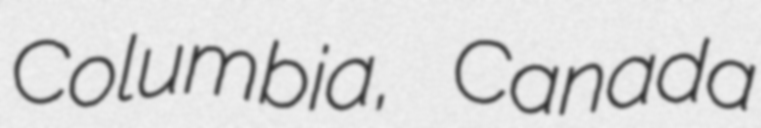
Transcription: Columbia, Canada